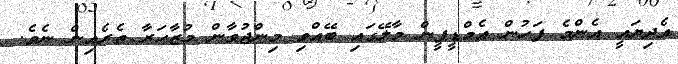
އެދިޔައީ އެންމެ ފަހުން އެމްޑީޕީން މާލޭގައި ބޭއްވި މިންޖުވާން މުޒާހަރާ ތެރެއިން ނެވެ.